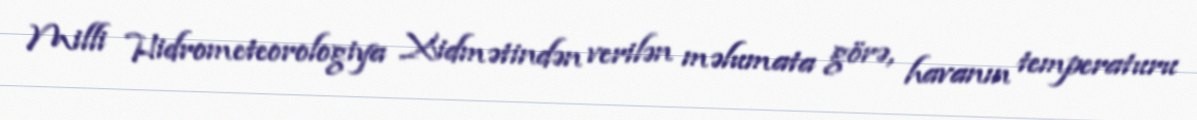
Milli Hidrometeorologiya Xidmətindən verilən məlumata görə, havanın temperaturu